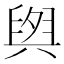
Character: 𮍫